Leaving Certificate Examination (including Day School Certificate (Higher) General paper), 1935
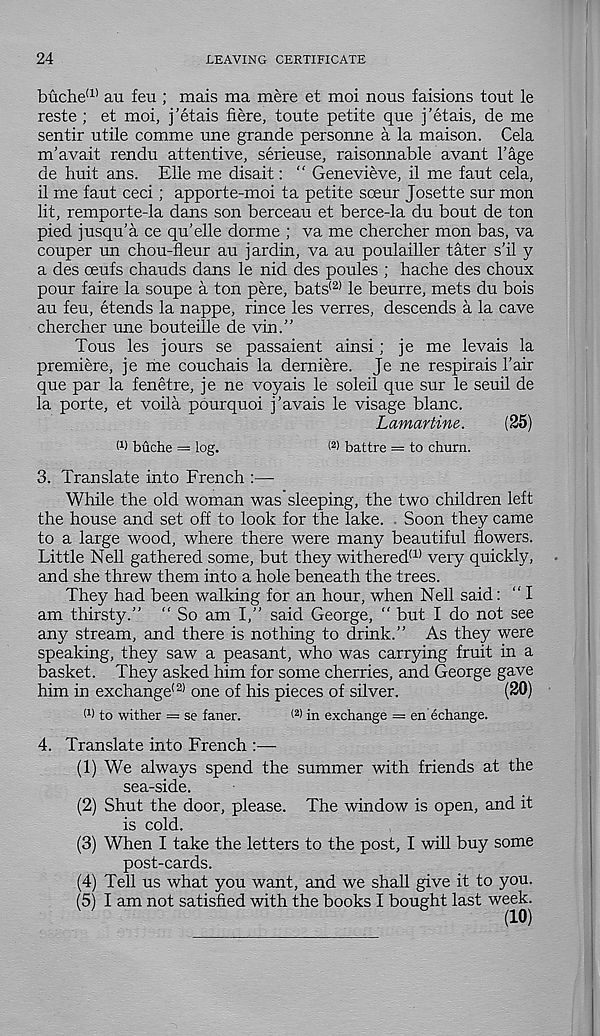
24
LEAVING CERTIFICATE
buche (1) an feu ; mais ma mere et moi nous faisions tout le
reste ; et moi, j’etais fiere, toute petite que j’etais, de me
sentir utile comme une grande personne a la maison. Cela
m’avait rendu attentive, serieuse, raisonnable avant 1’age
de huit ans. Elle me disait: “ Genevieve, il me faut cela,
il me faut ceci; apporte-moi ta petite sceur Josette sur mon
lit, remporte-la dans son berceau et berce-la du bout de ton
pied jusqu’a ce qu’elle dorme ; va me chercher mon bas, va
couper un chou-fleur au jardin, va au poulailler tater s’il y
a des oeufs chauds dans le nid des poules ; hache des choux
pour faire la soupe a ton pere, bats (2) le beurre, mets du bois
au feu, etends la nappe, rince les verres, descends a la cave
chercher une bouteille de vin.”
Tous les jours se passaient ainsi; je me levais la
premiere, je me couchais la derniere. Je ne respirais 1’air
que par la fenetre, je ne voyais le soleil que sur le seuil de
la porte, et voila pburquoi j’avals le visage blanc.
Lamartine.
(25)
W buche = log,
< 2 > battre = to churn.
3. Translate into French :—
While the old woman was sleeping, the two children left
the house and set off to look for the lake. Soon they came
to a large wood, where there were many beautiful flowers.
Little Nell gathered some, but they withered 111 very quickly,
and she threw them into a hole beneath the trees.
They had been walking for an hour, when Nell said: “ I
am thirsty.” ” So am I,” said George, “ but I do not see
any stream, and there is nothing to drink.” As they were
speaking, they saw a peasant, who was carrying fruit in a
basket. They asked him for some cherries, and George gave
him in exchange' 21 one of his pieces of silver.
(20)
W to wither = se faner.
< 2 > in exchange = en echange.
4. Translate into French :—
(1) We always spend the summer with friends at the
sea-side.
(2) Shut the door, please. The window is open, and it
is cold.
(3) When I take the letters to the post, I will buy some
post-cards.
(4) Tell us what you want, and we shall give it to you.
(5) I am not satisfied with the books I bought last week.
(10)